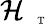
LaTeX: \mathcal{H}_{\mathrm{~\tiny~\textnormal~{~T~}~}}